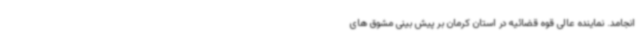
انجامد. نماینده عالی قوه قضائیه در استان کرمان بر پیش بینی مشوق های